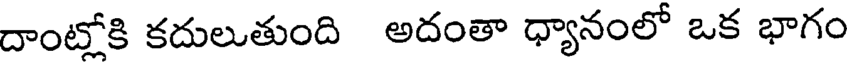
దాంట్లోకి కదులుతుంది అదంతా ధ్యానంలో ఒక భాగం